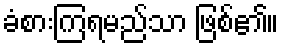
ခံစားကြရမည်သာ ဖြစ်၏။